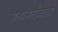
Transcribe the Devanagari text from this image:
सत्यसाईबाबा